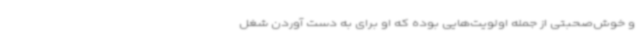
و خوش‌صحبتی از جمله اولویت‌هایی بوده که او برای به دست آوردن شغل